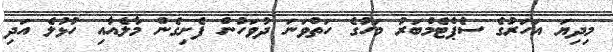
މިދިޔަ އަހަރުގެ ސެޕްޓެމްބަރު މަހުގެ ހަތްވަނަ ދުވަހުން ފެށިގެން މާލެއާއި ހުޅުލެ އަދި